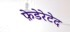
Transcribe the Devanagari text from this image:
फ़ेडेरेटेद